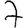
Digit: 7